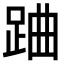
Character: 𨀪